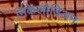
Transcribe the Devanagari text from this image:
निकेलोडिअन